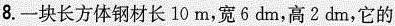
8.一块长方体钢材长10m，宽6dm，高2dm，它的